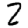
Digit: 2